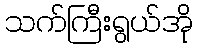
သက်ကြီးရွယ်အို